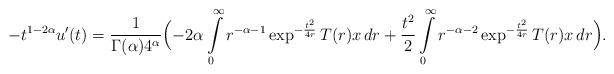
LaTeX: \begin{align*} -t^{1-2\alpha} u'(t) = \frac{1}{\Gamma(\alpha) 4^{\alpha}} \Bigl( -2\alpha \int\limits_0^{\infty} r^{-\alpha-1} \exp^{-\frac{t^2}{4r}} T(r) x \, dr + \frac{t^2}{2} \int\limits_0^{\infty} r^{-\alpha-2} \exp^{-\frac{t^2}{4r}} T(r) x \, dr \Bigr). \end{align*}